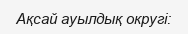
Ақсай ауылдық округі: